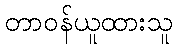
တာဝန်ယူထားသူ